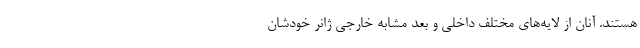
هستند. آنان از لایه‌های مختلف داخلی و بعد مشابه خارجی ژانر خودشان